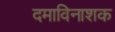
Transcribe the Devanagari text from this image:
दमाविनाशक